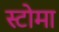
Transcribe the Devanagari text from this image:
स्टोमा